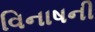
વિનાષની